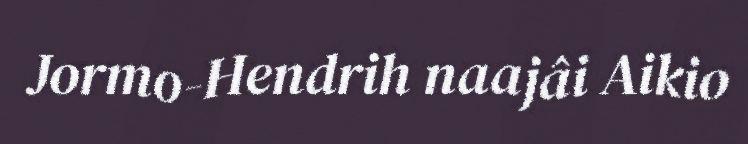
Jormo-Hendrih naajâi Aikio